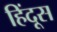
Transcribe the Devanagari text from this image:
हिंदूस